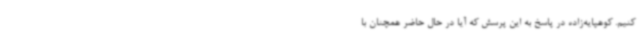
کنیم. کوهپایه‌زاده در پاسخ به این پرسش که آیا در حال حاضر همچنان با